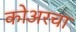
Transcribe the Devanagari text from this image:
कोअरचा